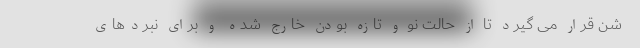
شن قرار می گیرد تا از حالت نو و تازه بودن خارج شده و برای نبردهای